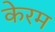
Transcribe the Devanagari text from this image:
केरम